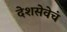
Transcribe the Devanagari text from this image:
देशसेवेचं